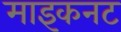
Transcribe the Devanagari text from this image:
माइकनट